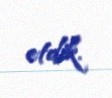
etdik.